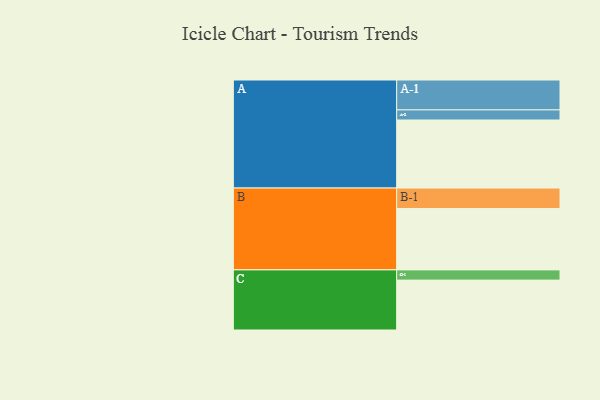
{"axis": {"x": "Segment", "y": "Value"}, "legend": ["", "A", "B", "C"], "data": [{"x": "A", "y": 558, "type": ""}, {"x": "B", "y": 503, "type": ""}, {"x": "C", "y": 409, "type": ""}, {"x": "A-1", "y": 245, "type": "A"}, {"x": "A-2", "y": 83, "type": "A"}, {"x": "B-1", "y": 168, "type": "B"}, {"x": "C-1", "y": 84, "type": "C"}]}